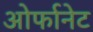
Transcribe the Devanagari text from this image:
ओर्फानेट